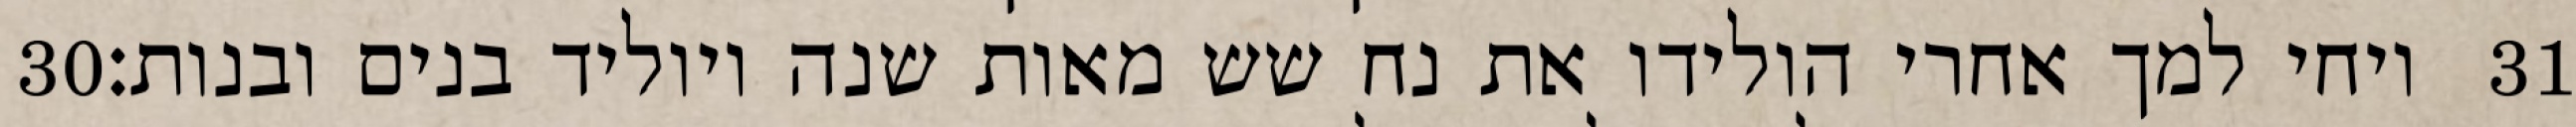
‎30‏ ויחי למך אחרי הולידו את נח שש מאות שנה ויוליד בנים ובנות׃ ‎31‏